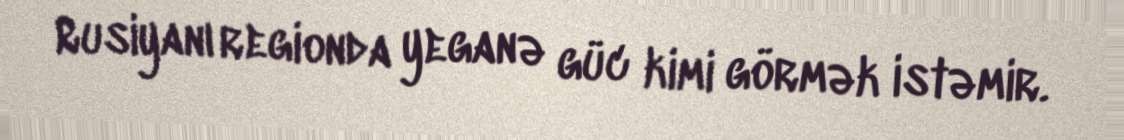
Rusiyanı regionda yeganə güc kimi görmək istəmir.